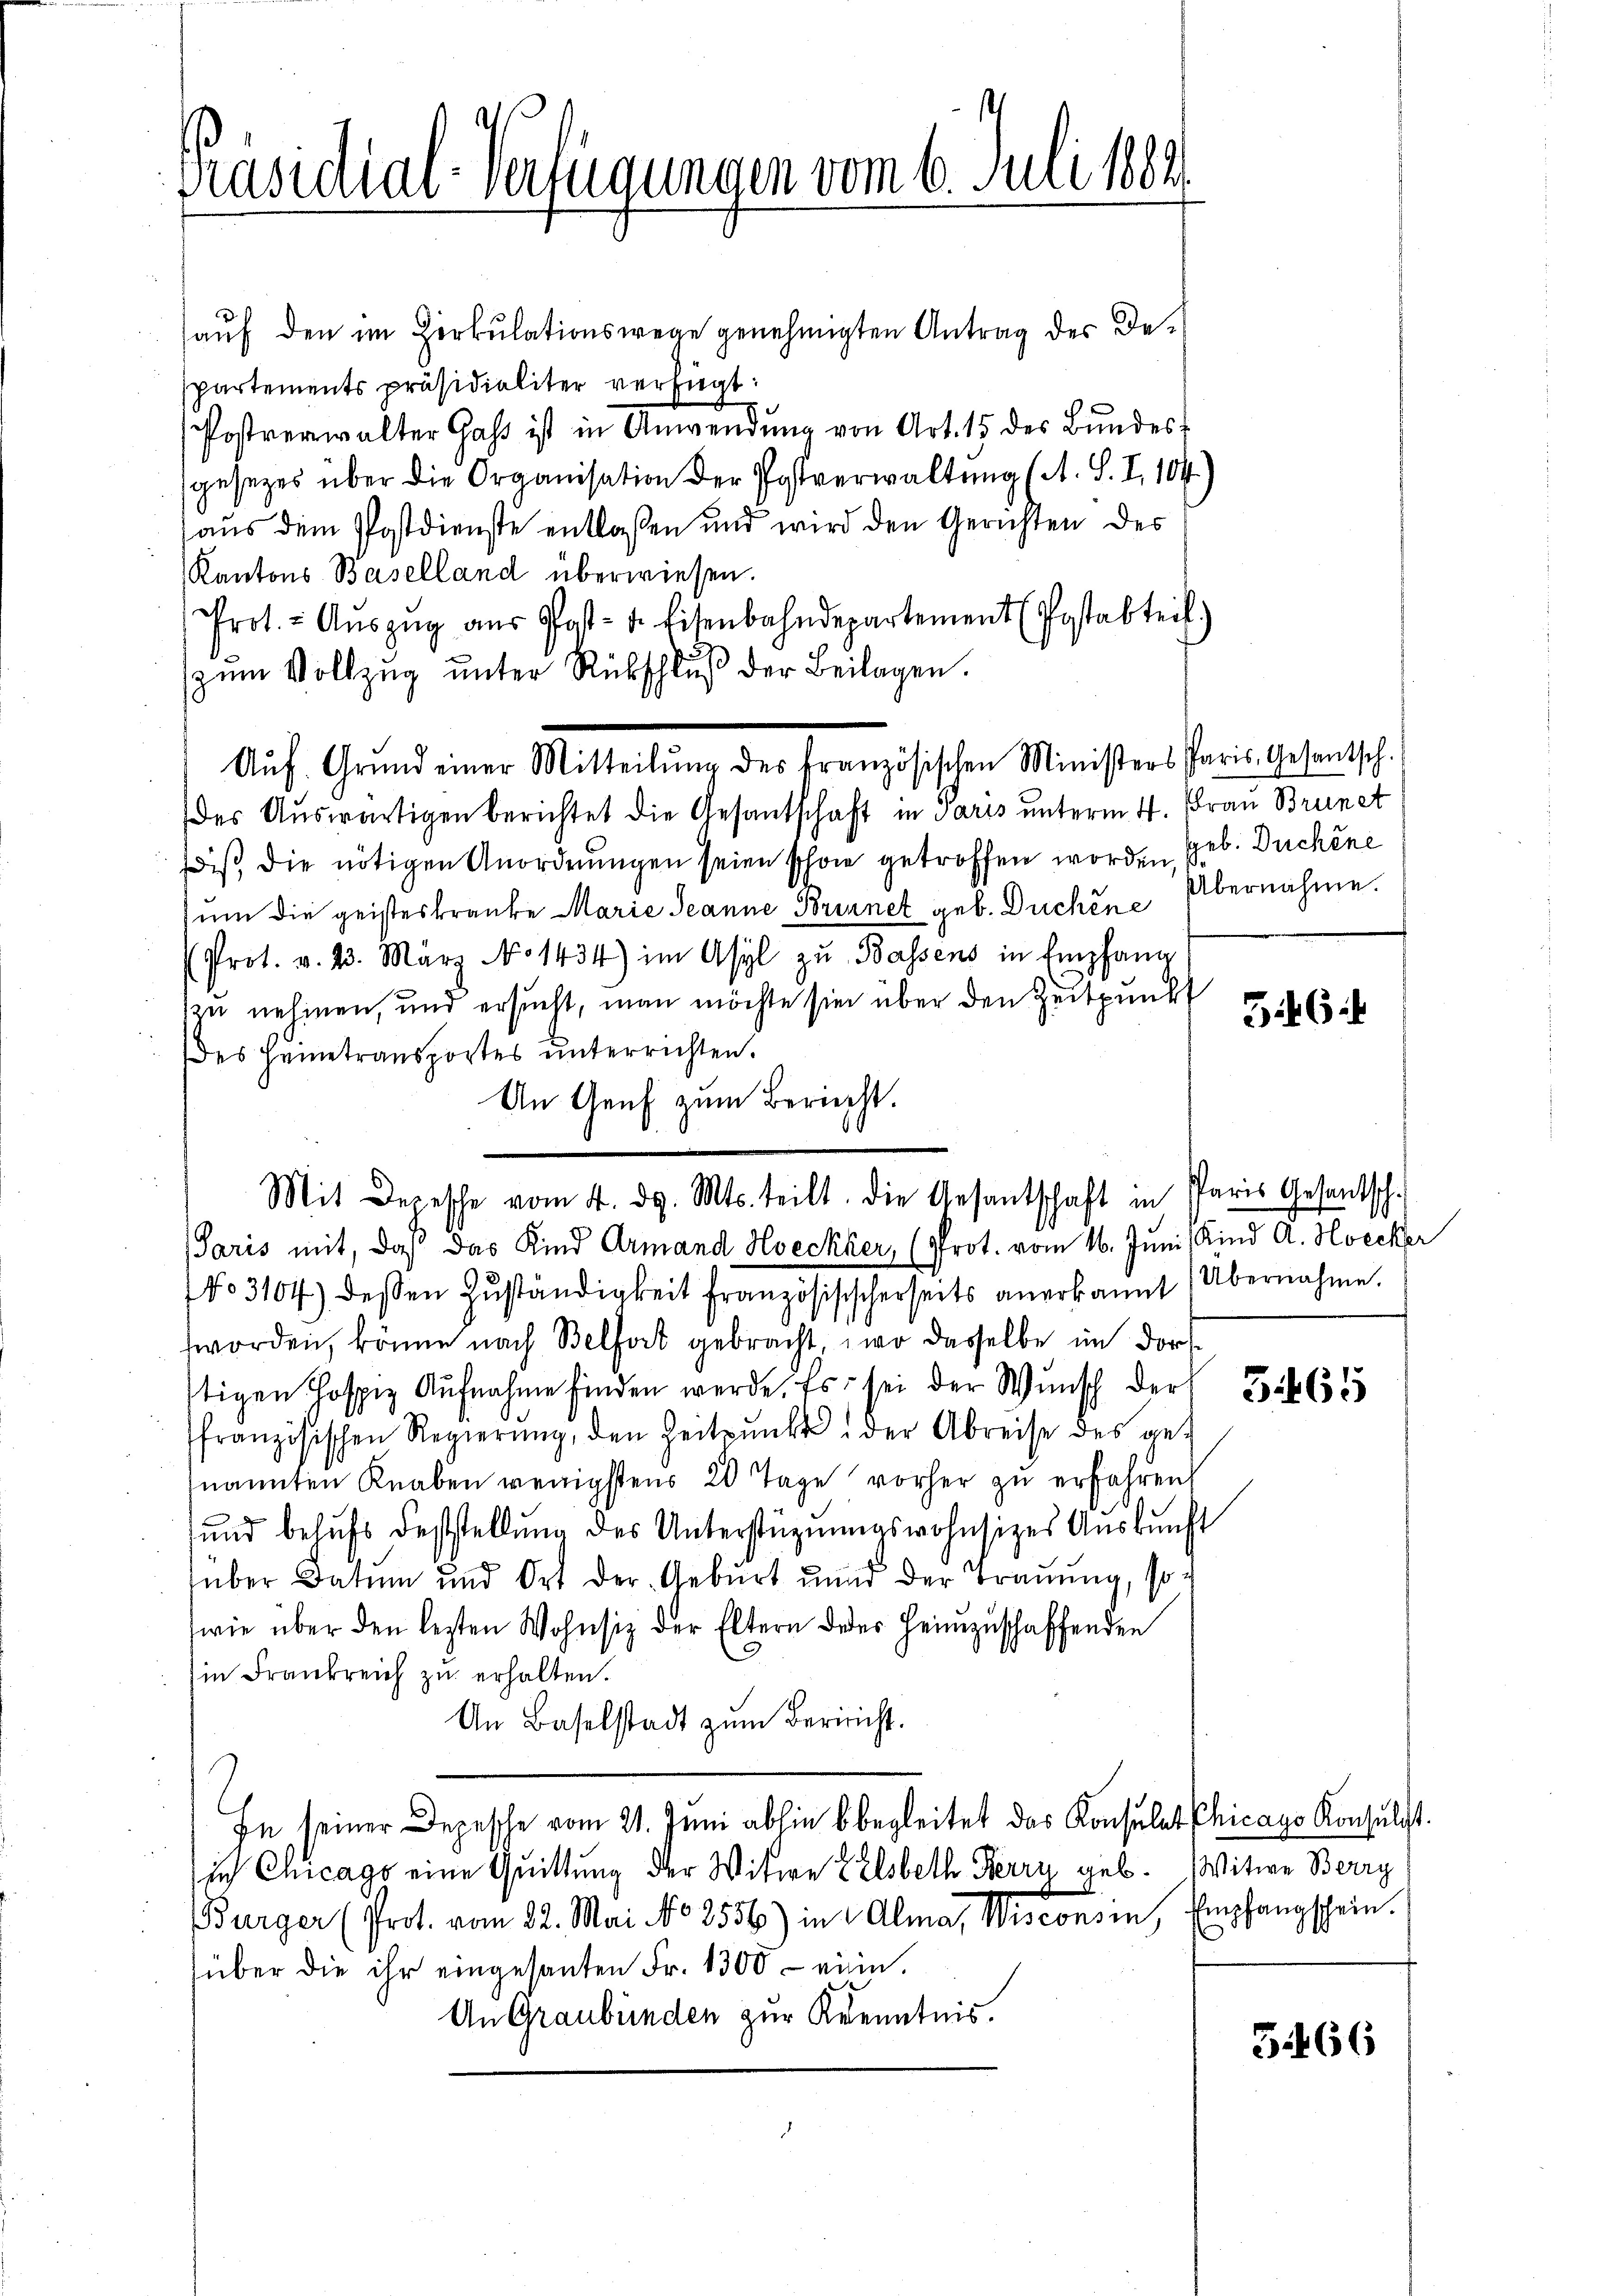
Präsidial-Verfügungen vom 6. Juli 182.

aŭf den im Zirkŭlationswege genehmigten Antrag des De-
spartements präsidialiter verfügt:
Postverwalter Gass ist in Anwendŭng von Art. 15 des Bŭndes-
gesezes über die Organisation der Postverwaltung (A. S. I, 104.)
aus dem Postdienste entlassen und wird den Gerichten des
Kantons Baselland überwiesen.
Prot. - Aŭszŭg aŭs Post- u. Eisenbahndepartement (Postabteil)
zŭm Vollzŭg ŭnter Rückschlŭβ der Beilagen.
Auf Grund einer Mitteilung des französischen Ministers Paris Gesantsch.
des Auswärtigen berichtet die Gesantschaft in Paris unterm 4. Frau Brunet
iß die nötigen Anordnungen seien schon getroffen worden, geb. Duchine
um die geisteskranke Marie Jeanne Brennet geb. Duchen Übernahme.
Prot. v. 23. März No 1434) im Asyl zŭ Bassens in Empfang
zu nehmen, und ersucht, man möchte sie über den Zeitpunkt
des Heimtransportes unterrichten.
An Genf zum Bericht.

Mit Depesche vom 4. d. Mts. teilt. Die Gesantschaft in Paris Gesantsch-
Paris mit, daß das Kind Armand Hoeckher, (Prot. vom 16. Juni Kind A. Hoecker

NNo. 3104) dessen Zŭständigkeit französisischerseits anerkannt (Übernahme.
worden, könne nach Belfort gebracht, wo dasselbe im Dorftigen Pospiz Aŭfnahme finden werde. Es sei der Wŭnsch der 3. 632
französischen Regierŭng, den Zeitpunkt der Abreise des genannten Knaben wenigstens 20 Tage vorher zu erfahren
und behŭfs Feststellŭng des Unterstüznŭngswohnsitzes Auskunft
über Datum und Ort der Geburt unnd der Trauung, so
wie über den lezten Wohnsitz der Eltern des Heimzuschaffenden
in Frankreich zu erhalten.
An Baselstadt zŭm Berricht.
In seiner Depesche vom 21. Juni abhin begleitet das Konsulat Chicago Konsulat.
sich Chicago eine Quittung der Witwe Elsbeth Herrn geb. Witwe Berry
Burger (Prot. vom 22. Mai No 2556) in Alma, Wisconsin, Empfangschein.
über die ihr eingesanten Fr. 1300 - eine.
An Graubünden zur Kenntnis.

346

5.66